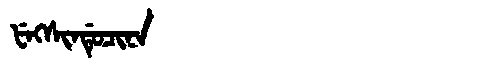
Manchu: ᡶᡝᡴᠰᡳᠨᡩᡠᠴᡳᠨᠠ
Romanization: FEKSINDUCINA